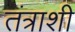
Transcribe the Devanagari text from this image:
तंत्राशी